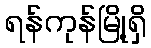
ရန်ကုန်မြို့ရှိ